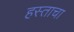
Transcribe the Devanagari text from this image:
हस्ताचा